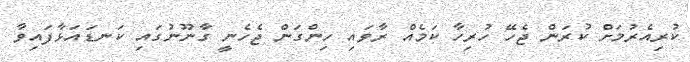
ކުރިއެރުމަށް ކުރަން ޖެހޭ ހުރިހާ ކަމެއް ރާވައި ހިންގަން ޖެހެނީ ގާނޫނުގައި ކަނޑައަޅާފައިވާ